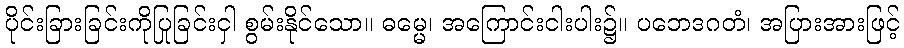
ပိုင်းခြားခြင်းကိုပြုခြင်းငှါ စွမ်းနိုင်သော။ ဓမ္မေ၊ အကြောင်းငါးပါး၌။ ပဘေဒဂတံ၊ အပြားအားဖြင့်